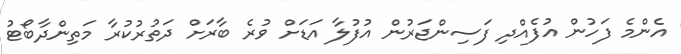
އެންމެ ފަހުން އުފެއްދި ފަސިންޖަރުން އުފުލާ އަޑަށް ވުރެ ބާރަށް ދަތުރުކުރާ މަތިންދާބޯޓު